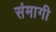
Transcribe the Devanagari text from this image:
संमागी